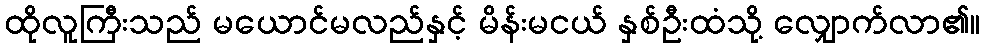
ထိုလူကြီးသည် မယောင်မလည်နှင့် မိန်းမငယ် နှစ်ဦးထံသို့ လျှောက်လာ၏။